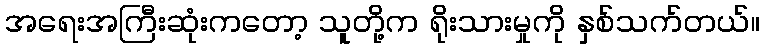
အရေးအကြီးဆုံးကတော့ သူတို့က ရိုးသားမှုကို နှစ်သက်တယ်။